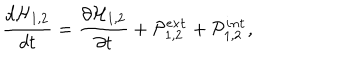
LaTeX: \frac { d { \cal H } _ { 1 , 2 } } { d t } = \frac { \partial { \cal H } _ { 1 , 2 } } { \partial t } + { \cal P } _ { 1 , 2 } ^ { \tt e x t } + { \cal P } _ { 1 , 2 } ^ { \tt i n t } ,